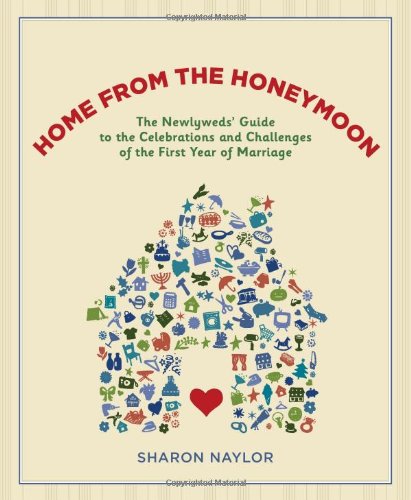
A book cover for Home from the Honeymoon: The Newlyweds' Guide to the Celebrations and Challenges of the First Year of Marriage; Sharon Naylor; Crafts, Hobbies & Home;